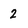
Character: 2